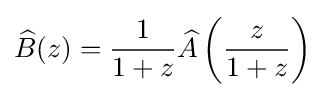
{\widehat {B}}(z)={\frac {1}{1+z}}{\widehat {A}}\left({\frac {z}{1+z}}\right)